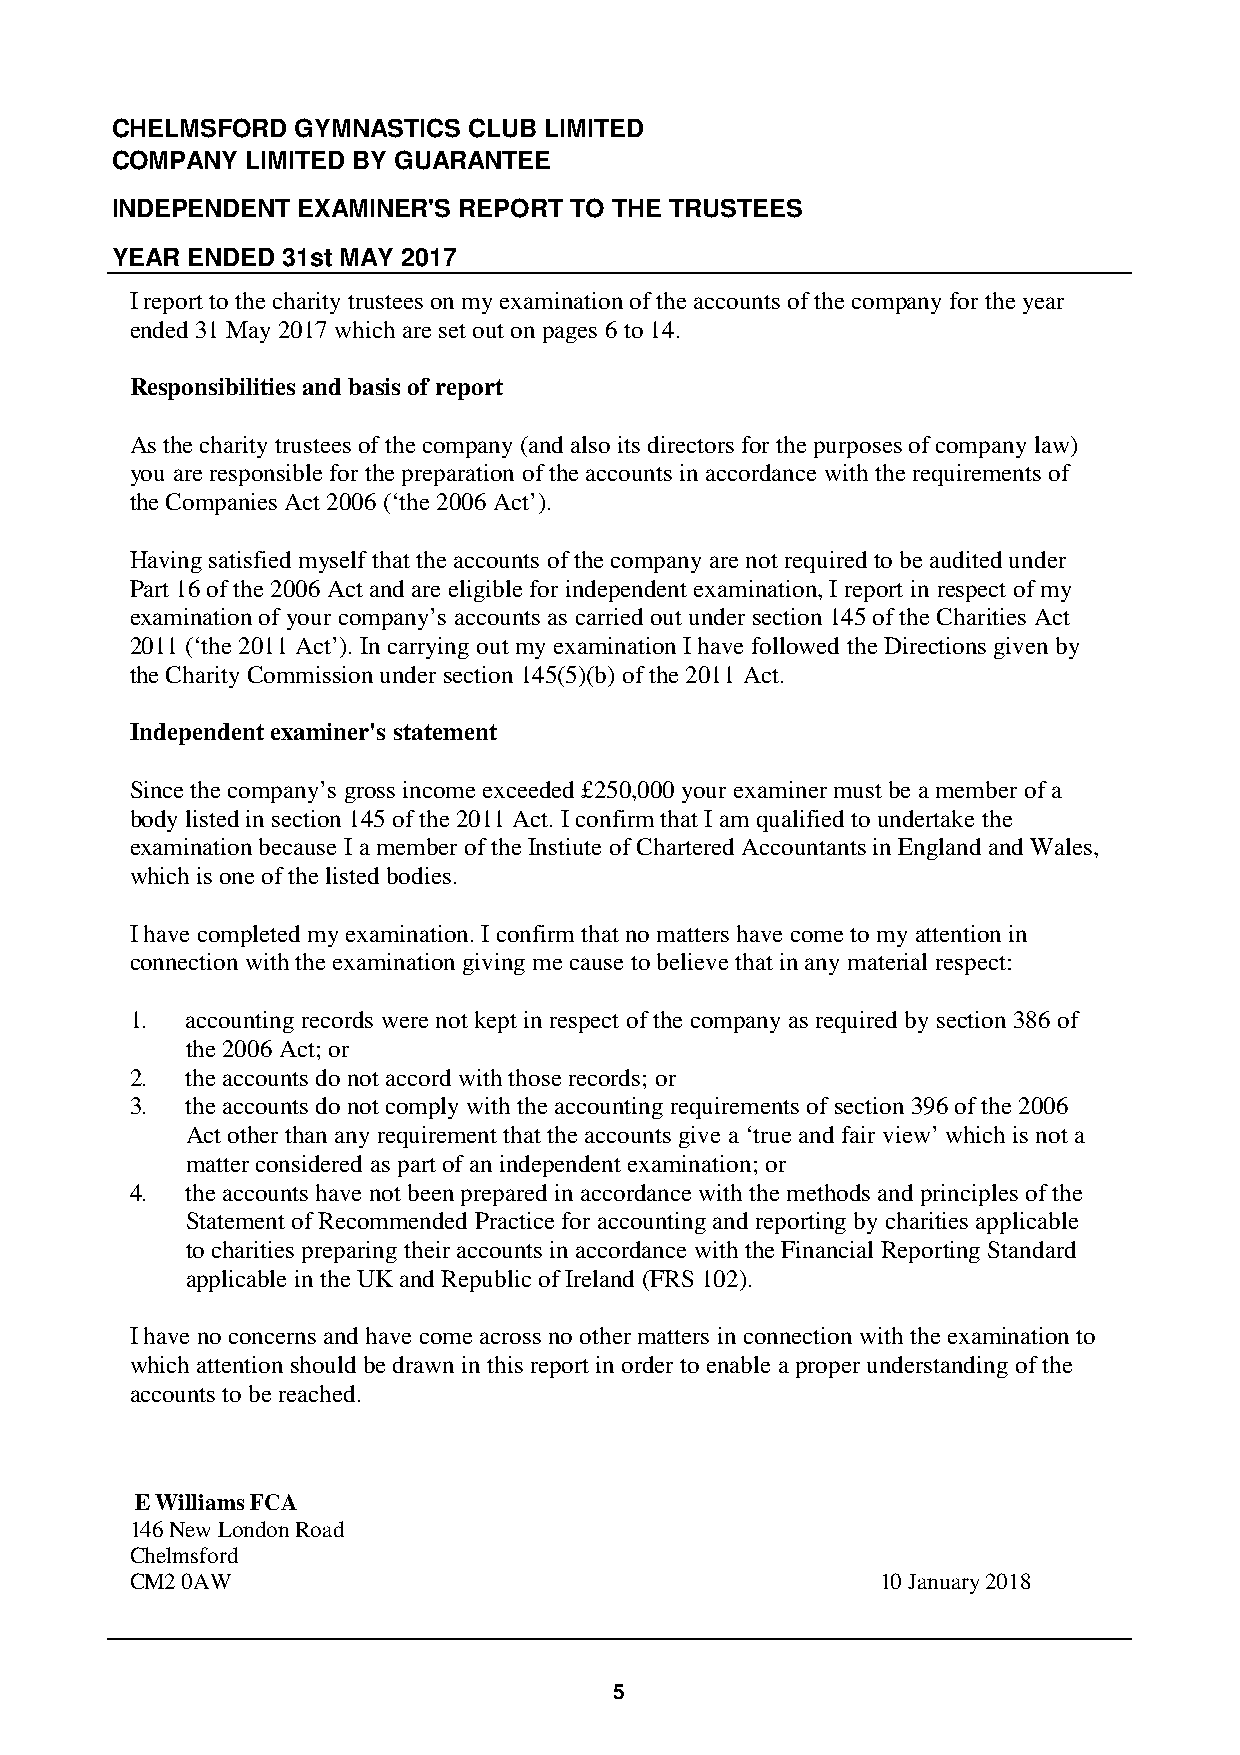
CHELMSFORD   GYMNASTICS CLUB LIMITED
 COMPANY  LIMITED BY GUARANTEE
 INDEPENDENT  EXAMINER'S REPORT TO THE TRUSTEES
 YEAR ENDED  31st MAY 2017
 I report to the charity trustees on my examination of the accounts of the company for the year
 ended 31 May 2017 which are set out on pages 6 to 14.
 Responsibilities and basis of report
 As the charity trustees of the company (and also its directors for the purposes of company law)
 you are responsible for the preparation of the accounts in accordance with the requirements of
 the Companies Act 2006 (‘the 2006 Act’).
 Having satisfied myself that the accounts of the company are not required to be audited under
 Part 16 of the 2006 Act and are eligible for independent examination, I report in respect of my
 examination of your company’s accounts as carried out under section 145 of the Charities Act
 2011 (‘the 2011 Act’). In carrying out my examination I have followed the Directions given by
 the Charity Commission under section 145(5)(b) of the 2011 Act.
 Independent examiner's statement
 Since the company’s gross income exceeded £250,000 your examiner must be a member of a
 body listed in section 145 of the 2011 Act. I confirm that I am qualified to undertake the
 examination because I a member of the Instiute of Chartered Accountants in England and Wales,
 which is one of the listed bodies.
 I have completed my examination. I confirm that no matters have come to my attention in
 connection with the examination giving me cause to believe that in any material respect:
 1. accounting records were not kept in respect of the company as required by section 386 of
 the 2006 Act; or
 2. the accounts do not accord with those records; or
 3. the accounts do not comply with the accounting requirements of section 396 of the 2006
 Act other than any requirement that the accounts give a ‘true and fair view’ which is not a
 matter considered as part of an independent examination; or
 4. the accounts have not been prepared in accordance with the methods and principles of the
 Statement of Recommended Practice for accounting and reporting by charities applicable
 to charities preparing their accounts in accordance with the Financial Reporting Standard
 applicable in the UK and Republic of Ireland (FRS 102).
 I have no concerns and have come across no other matters in connection with the examination to
 which attention should be drawn in this report in order to enable a proper understanding of the
 accounts to be reached.
 E Williams FCA
 146 New London Road
 Chelmsford
 CM2 0AW                                          10 January 2018
 5